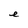
Character: e